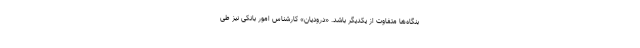
بنگاه‌ها متفاوت از یکدیگر باشد. «درودیان» کارشناس امور بانکی نیز طی